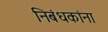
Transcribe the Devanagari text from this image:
निबंधकांना